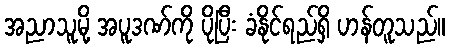
အညာသူမို့ အပူဒဏ်ကို ပိုပြီး ခံနိုင်ရည်ရှိ ဟန်တူသည်။